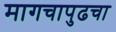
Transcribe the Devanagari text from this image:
मागचापुढचा